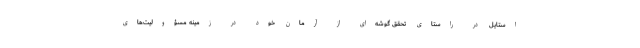
‌استایل در راستای تحقق گوشه‌ای از آرمان خود در زمینه مسؤولیت‌‌های